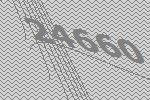
24660